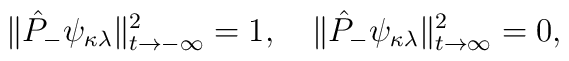
\|\hat{P}_-\psi_{\kappa\lambda}\|^2_{t\rightarrow -\infty} = 1,\quad  \|\hat{P}_-\psi_{\kappa\lambda}\|^2_{t\rightarrow \infty} = 0,